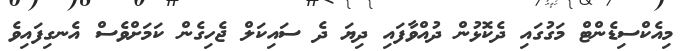
މިއެކްސިޑެންޓް މަގުގައި ދެކޮޅުން ދުއްވާފައި ދިޔަ ދެ ސައިކަލް ޖެހިގެން ކަމަށްވެސް އެނގިފައިވެ